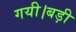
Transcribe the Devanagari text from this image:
गयी।बड़ी